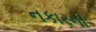
નકારની